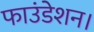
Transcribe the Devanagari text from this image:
फाउंडेशन।